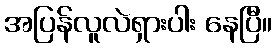
အပြန်လူလဲရှားပါး နေပြီ။